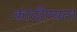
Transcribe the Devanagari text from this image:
काठीण्‍यता